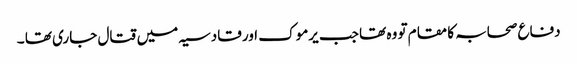
دفاع صحابہ کا مقام تو وہ تھا جب یرموک اور قادسیہ میں قتال جاری تھا ۔